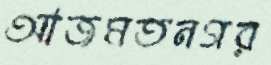
আজমতনগর